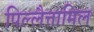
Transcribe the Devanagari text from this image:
पिल्लैत्तामिल